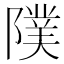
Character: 䧤